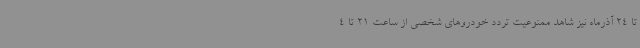
تا 24 آذرماه نیز شاهد ممنوعیت تردد خودروهای شخصی از ساعت 21 تا 4